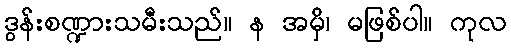
ဒွန်းစဏ္ဍားသမီးသည်။ န အမှိ၊ မဖြစ်ပါ။ ကုလ